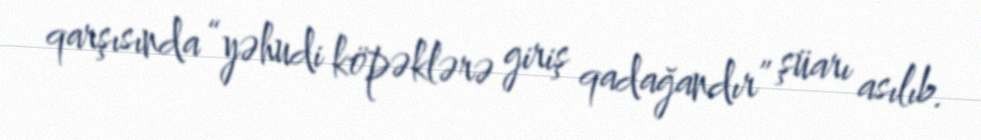
qarşısında “yəhudi köpəklərə giriş qadağandır” şüarı asılıb.